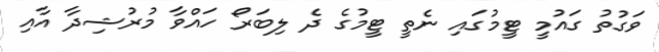
ވަގުތު ގައުމީ ޓީމުގައި ނެތީ ޓީމުގެ ދެ ލިބަރޯ ހައްވާ މުރުޝިދާ އާއި